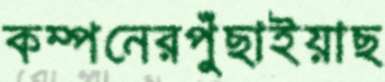
কম্পনেরপুঁছাইয়াছ